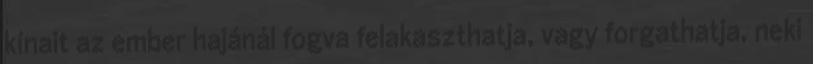
kínait az ember hajánál fogva felakaszthatja, vagy forgathatja, neki